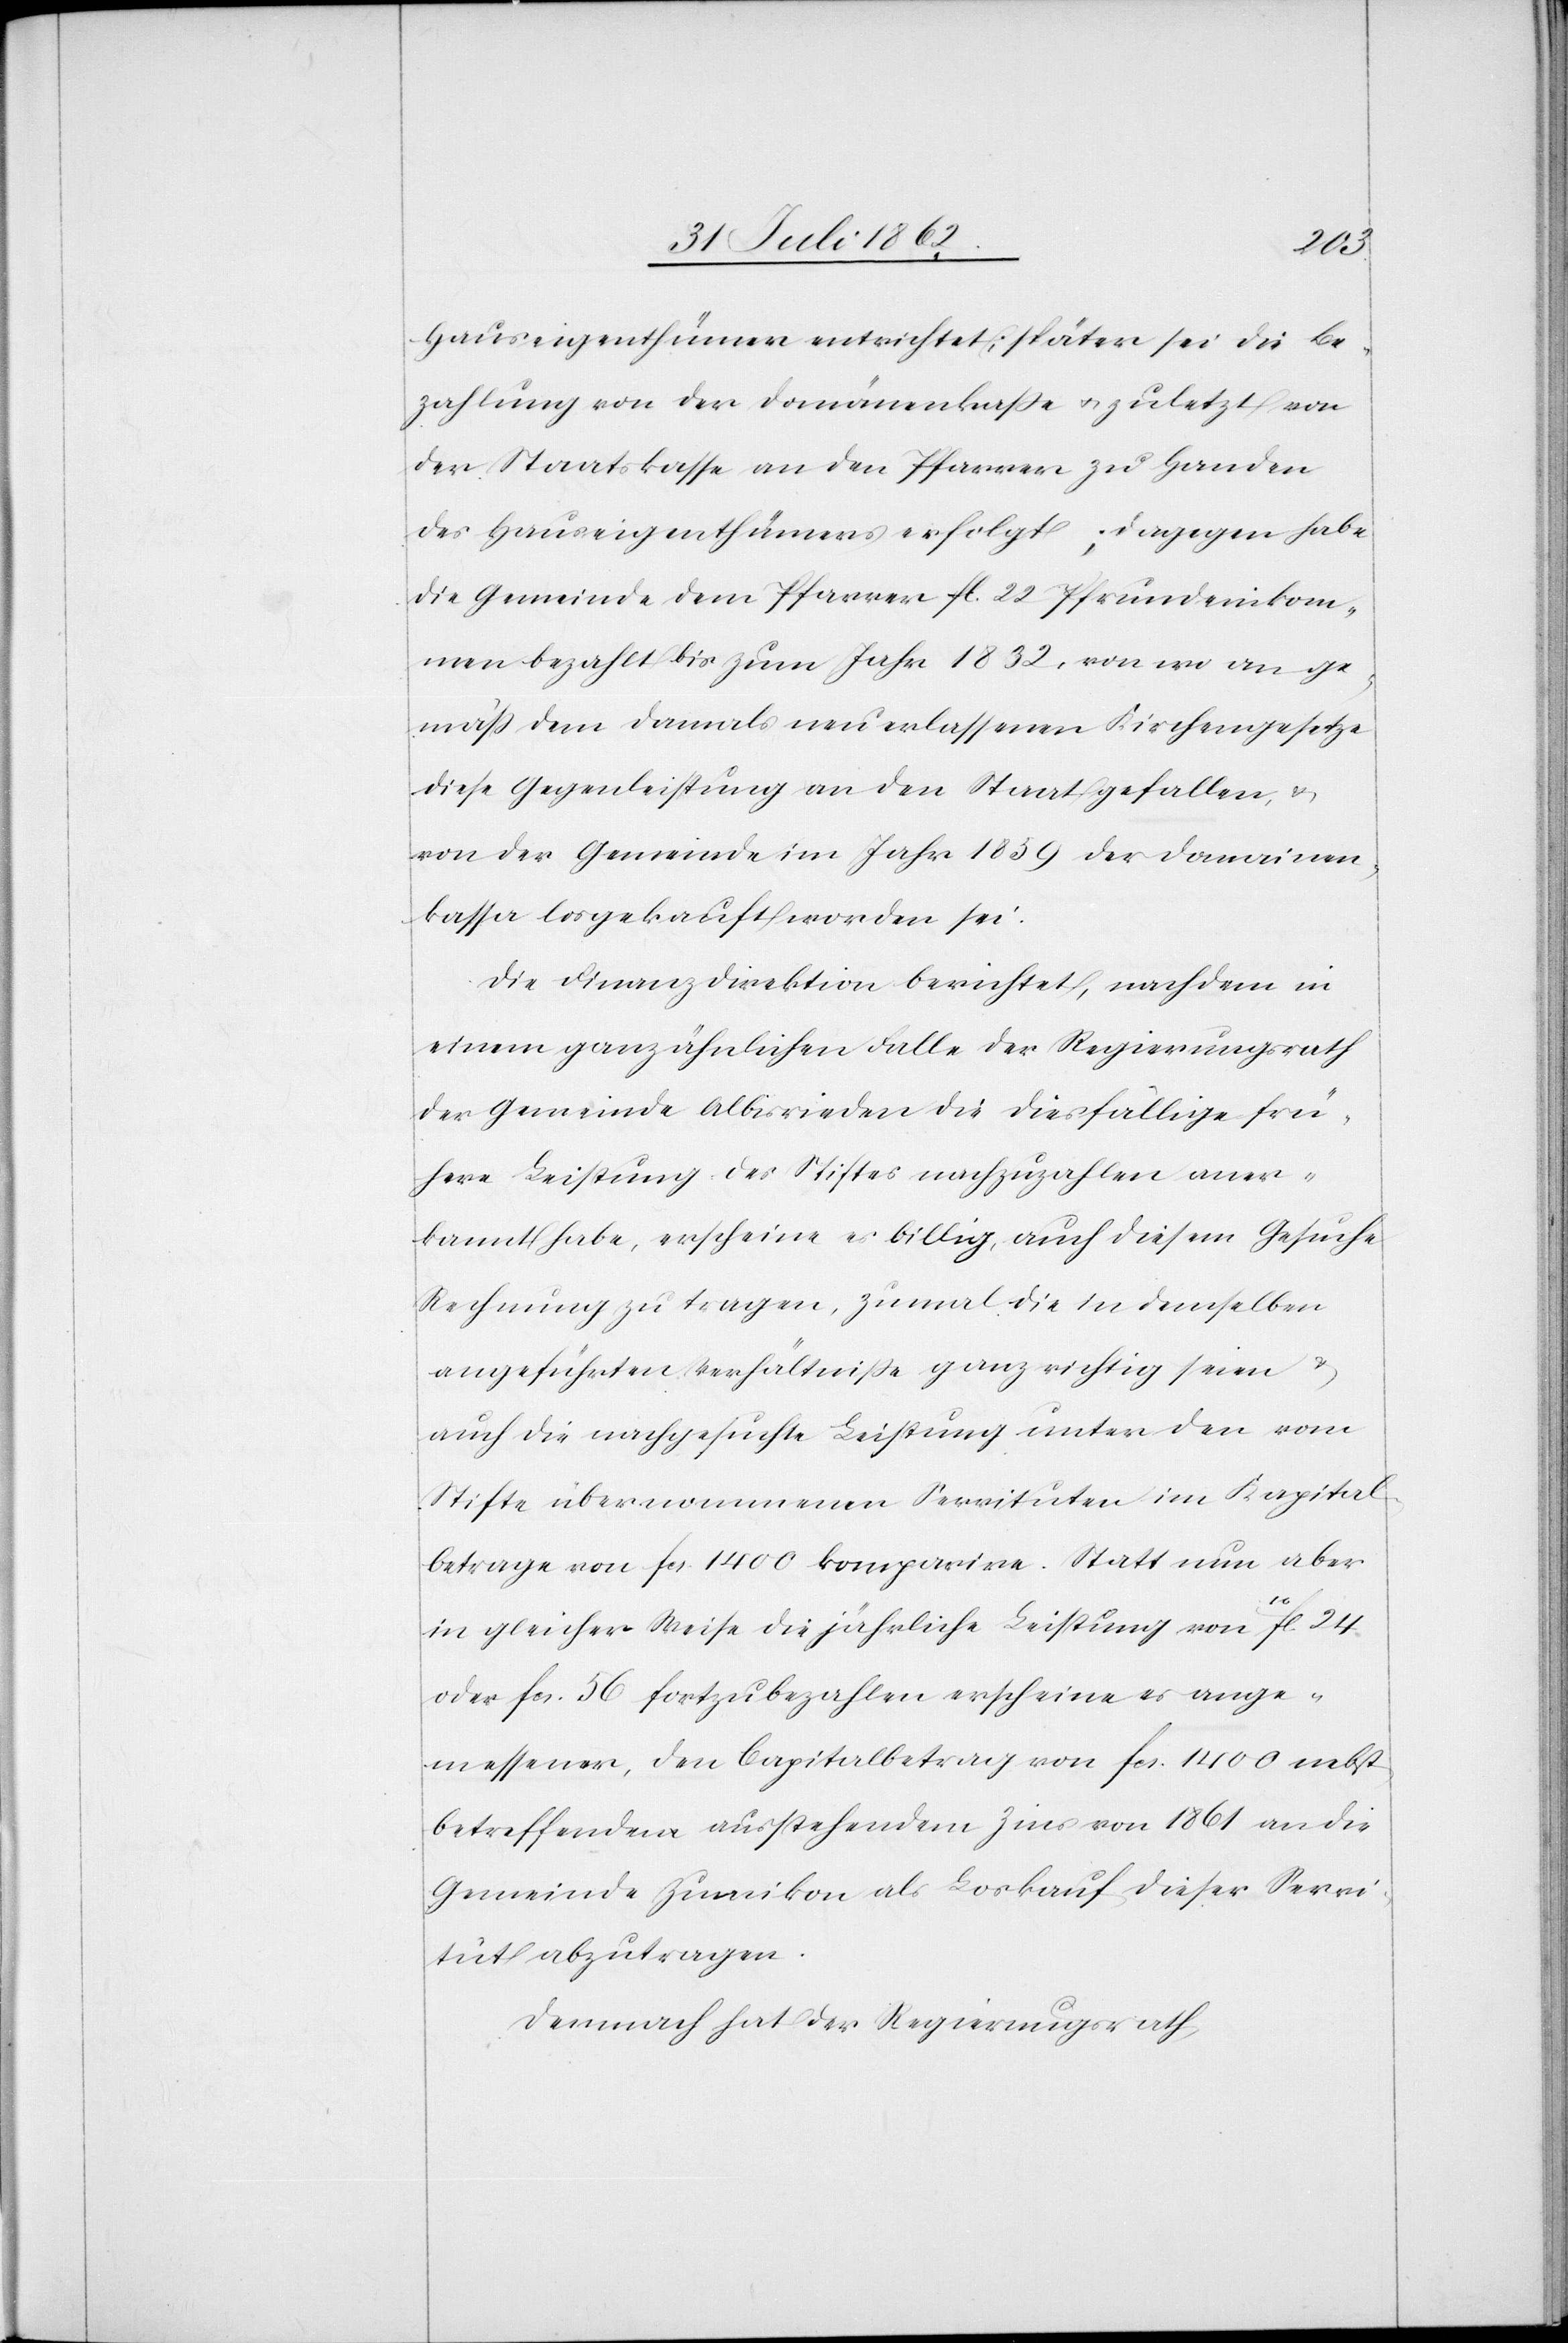
Hauseigenthümer entrichtet; später sei die Be¬
zahlung von der Domänenkaße u. zuletzt von
der Staatskasse an den Pfarrer zu Handen
des Hauseigenthümers erfolgt; dagegen habe
die Gemeinde dem Pfarrer fl. 22 Pfrundeinkom¬
men bezahlt bis zum Jahr 1832, von wo an ge¬
mäß dem damals neu erlassenen Kirchengesetze
diese Gegenleistung an den Staat gefallen, u.
von der Gemeinde im Jahr 1859 der Domainen¬
kassa losgekauft worden sei.
Die Finanzdirektion berichtet, nachdem in
einem ganz ähnlichen Falle der Regierungsrath
der Gemeinde Albisrieden die diesfällige frü¬
here Leistung des Stiftes nachzuzahlen aner¬
kannt habe, erscheine es billig, auch diesem Gesuche
Rechnung zu tragen, zumal die in demselben
angeführten Verhältnisse ganz richtig seien u.
auch die nachgesuchte Leistung unter den vom
Stifte übernommenen Servituten im Kapital¬
betrage von fcs. 1400 komparire. Statt nun aber
in gleicher Weise die jährliche Leistung von 10fl. 24
oder fcs. 56 fortzubezahlen erscheine es ange¬
messener, den Capitalbetrag von fcs. 1400 nebst
betreffendem ausstehendem Zins von 1861 an die
Gemeinde Zumikon als Loskauf dieser Servi¬
tut abzutragen.
Demnach hat der Regierungsrath,